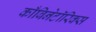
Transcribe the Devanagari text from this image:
काँबिनेटॉरिक्स